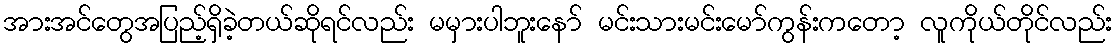
အားအင်တွေအပြည့်ရှိခဲ့တယ်ဆိုရင်လည်း မမှားပါဘူးနော် မင်းသားမင်းမော်ကွန်းကတော့ လူကိုယ်တိုင်လည်း